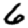
Digit: 6